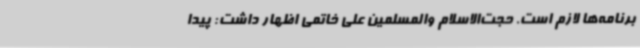
برنامه‌ها لازم است. حجت‌الاسلام والمسلمین علی خاتمی اظهار داشت: پیدا